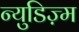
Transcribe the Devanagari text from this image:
न्युडिज़्म